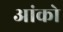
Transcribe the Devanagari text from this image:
आंको